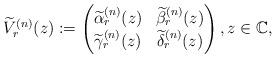
LaTeX: \begin{align*} \widetilde V_r^{(n)}(z):= \begin{pmatrix} \widetilde \alpha_r^{(n)}(z) & \widetilde\beta_r^{(n)}(z)\\ \widetilde\gamma_r^{(n)} (z)& \widetilde\delta_r^{(n)}(z) \end{pmatrix}, z\in {\mathbb C}, \end{align*}